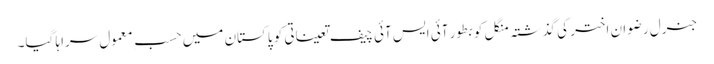
جنرل رضوان اختر کی گذشتہ منگل کو بطور آئی ایس آئی چیف تعیناتی کو پاکستان میں حسبِ معمول سراہا گیا۔